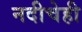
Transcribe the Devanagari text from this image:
नदीचेही